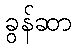
ခွန်ဆာ